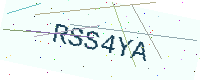
Text: RSS4YA